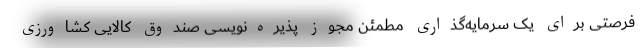
فرصتی برای یک سرمایه‌گذاری مطمئن مجوز پذیره‌نویسی صندوق کالایی کشاورزی